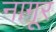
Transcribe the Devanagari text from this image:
नागूर